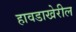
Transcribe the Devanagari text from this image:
हावडाखेरील